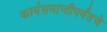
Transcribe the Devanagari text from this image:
कार्यसमाप्तीपर्यंतचे